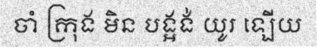
ចាំ ក្រុង មិន បង្អង់ យូរ ឡើយ